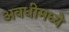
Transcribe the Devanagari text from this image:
अवधीमध्ये